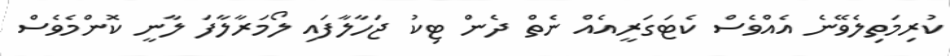
ކުރިމަތިލެވޭނެ އެއްވެސް ކެޓަގަރީއެއް ނެތް ދެން ޓިކު ޖަހާލާފައި ލޯމަރާލާފަ ލާނީ ކޮންމެވެސް